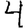
Digit: 4